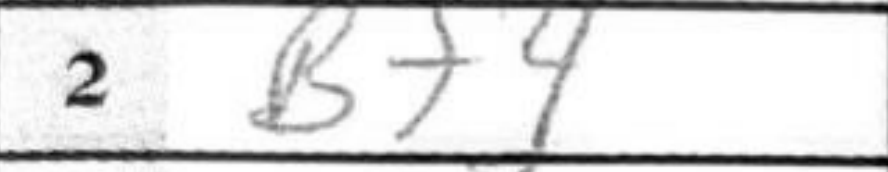
Transcription: Bf4